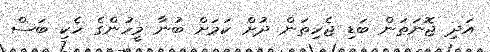
އަދި ޖޮނަތަން ބަޑި ޖެހިތަން ދުށް ކަމަށް ބުނާ މީހުންގެ ހެކި ބަސް